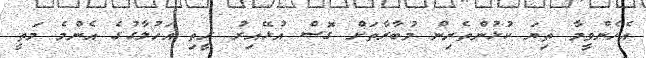
އެހެންވީމާ ތިޔަ ކުޅުންތެރިން މުބާރާތަށް ގޮސް އުޅޭއިރު ރީތި އަހުލާގުގެ އެންމެ މަތީ